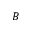
B